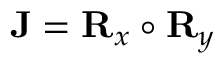
\mathbf { J } = \mathbf { R } _ { x } \circ \mathbf { R } _ { y }